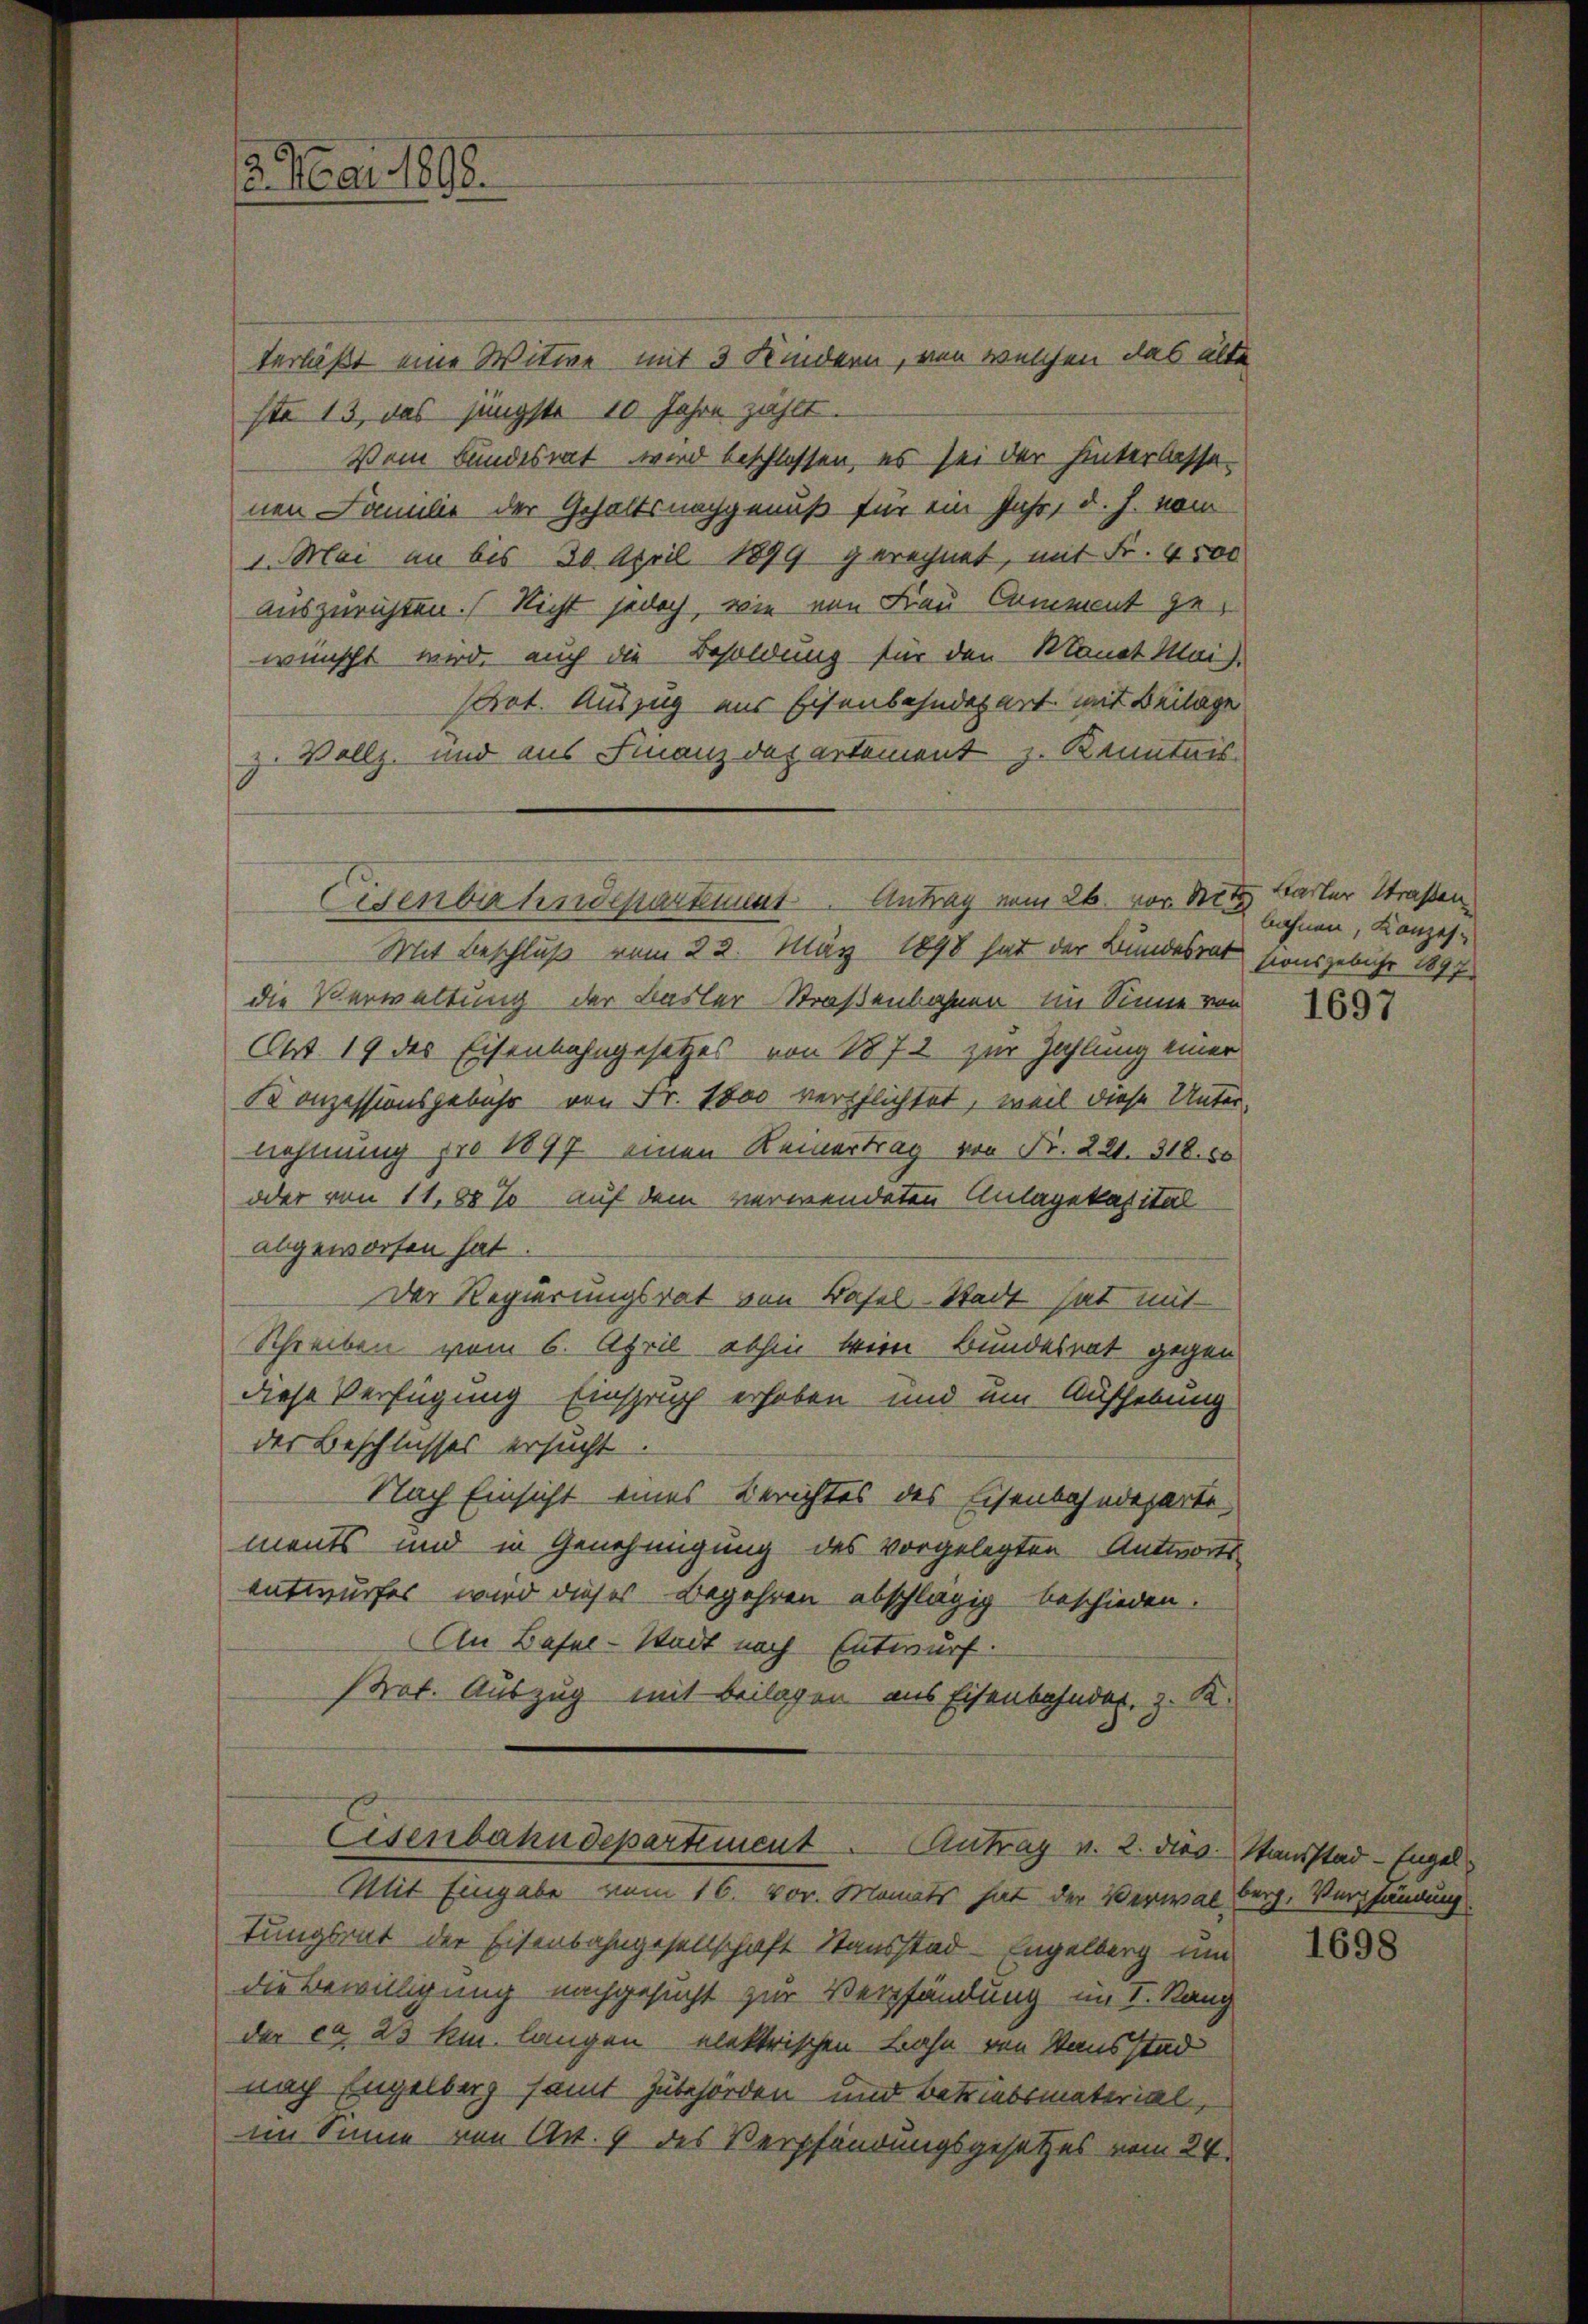
3. Mai 1898.

terläßt eine Witwe mit 3 Kindern, von welchen das älte
ste 13, das jüngste 10 Jahre zählt.
Dem Bundesrat wird beschlossen, es sei der hinterlasse-
nen Familie der Gehaltsnachgenuß für ein Jahr, d. J. vom
1. Mai an bis 30 April 1899 gerechnet, mit Fr. 4000
auszurichten. Nicht jedoch, wie von Frau Comment gewünscht wird, auch die Besoldung für den Monat Mais
sart. Auszug aus Eisenbahndepart mit Beilage
z. Vollz. und aus Finanz das artement z. Kenntnis

Eisenbahndepartement Antrag vom 26. vor. Seit Barter Straßen

Mit Beschluß vom 22. März 1898 hat der Bundesrat
die Verwaltung der Basler-Straßenbahnen Ein Sinne von
Aut 19 des Eisenbahngesetzes von 1872 zur Zahlung einer
Konzessionsgebühr von Fr. 1000 verpflichtet, weil diese Unter
nehmung pro 1897. einen Keinertrag von Fr. 221. 318. 50
oder von 11,88 % auf dem verwendeten Anlagekapital
abgeworfen hat
Der Regierungsrat von Basel-Stadt hat mit
Schreiben vom 6. April abhin bien Bundesrat gegen
diese Verfügung Einspruch erhoben und um Aufhebung
der Beschlusses ersucht
Nach Einsicht eines Berichtes des Eisenbahndeparte
ments und in Genehmigung des vorgelegten Antworts
entwurfes wird dieses Begehren abschlägig beschieden.
An Basel-Stadt nach Entwurf.
strat. Auszug mit Beilagen aus Eisenbahndet, z. K.
Eisenbahndepartiment. Antrag v. 2. dies. Standstad-Engel
Mit Eingabe vom 16. vor. Monats hat der Verwal berg. Verpfändung
tungsrat der Eisenbahngesellschaft Stausstad-Engelberg um
die Bewilligung nachgesucht zur Verpfändung im I. Rang
der ca 25 km langen elektrischen Bahn von Sausstad
nach Engelberg samt zubehörden und betriebsmaterial,
im Sinne von Art. 9 des Verpfändungsgesetzes vom 24.

bahnen, Konzestionsgebühr 1897.

1697

1698